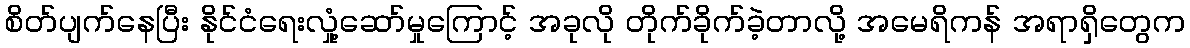
စိတ်ပျက်နေပြီး နိုင်ငံရေးလှုံ့ဆော်မှုကြောင့် အခုလို တိုက်ခိုက်ခဲ့တာလို့ အမေရိကန် အရာရှိတွေက